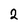
Character: 2